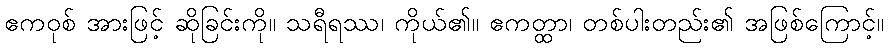
ဧကဝုစ် အားဖြင့် ဆိုခြင်းကို။ သရီရဿ၊ ကိုယ်၏။ ဧကတ္ထာ၊ တစ်ပါးတည်း၏ အဖြစ်ကြောင့်။